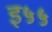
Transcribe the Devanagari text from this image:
इ५५